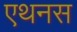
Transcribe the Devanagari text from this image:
एथनस